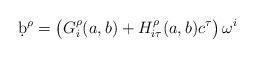
LaTeX: \begin{align*}\d b^\rho = \bigl(G^\rho_i(a,b) + H^\rho_{i\tau}(a,b)c^\tau\bigr)\,\omega^i\end{align*}